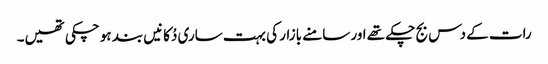
رات کے دس بج چکے تھے اور سامنے بازار کی بہت ساری دُکانیں بند ہو چکی تھیں۔